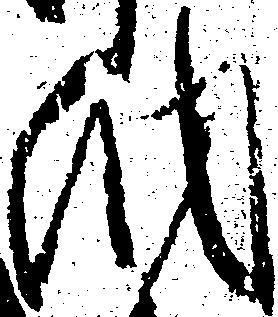
納